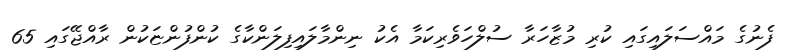
ފެނުގެ މައްސަލައިގައި ކުރި މުޒާހަރާ ސުލްހަވެރިކަމާ އެކު ނިންމާލައިފިލަންކާގެ ކުންފުންޏަކުން ރާއްޖޭގައި 65